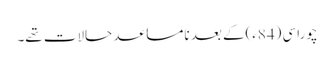
چوراسی (84ء)کے بعد نامساعد حالات تھے۔